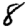
Digit: 8